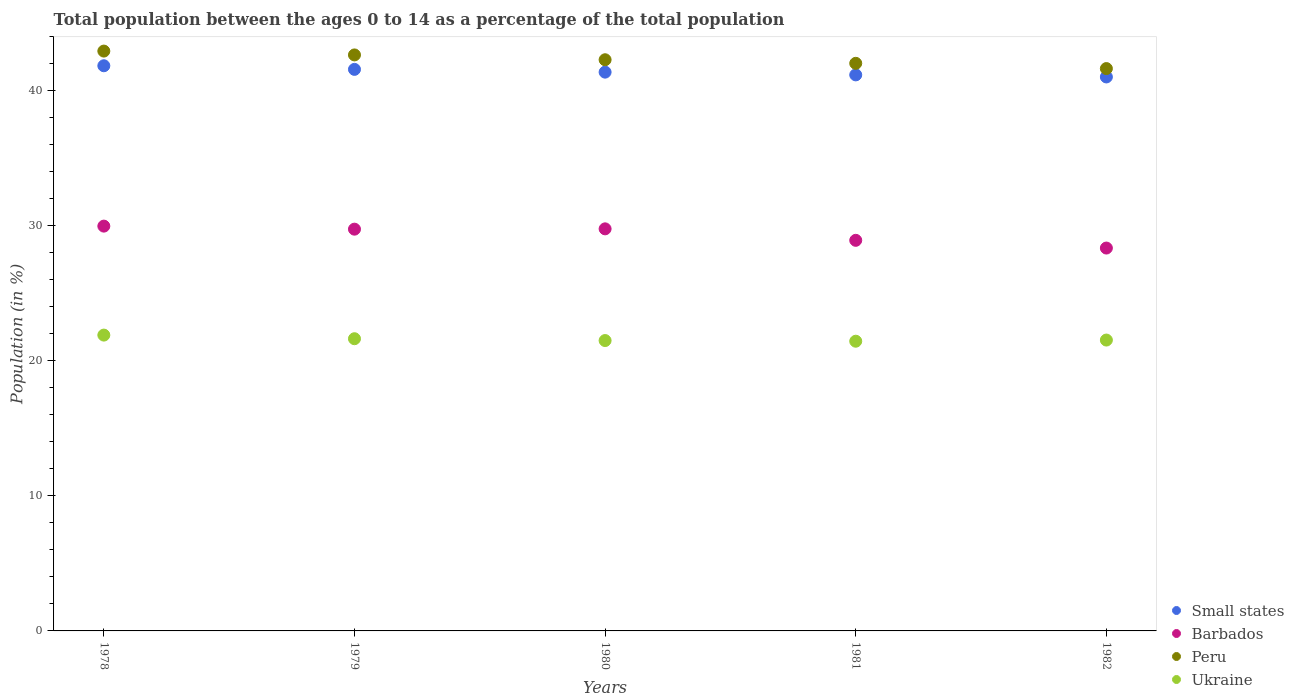
| Years | Small states | Barbados | Peru | Ukraine |
 | --- | --- | --- | --- | --- |
 | 1978 | 41.9 | 30 | 42.9 | 21.9 |
 | 1979 | 41.6 | 29.8 | 42.7 | 21.6 |
 | 1980 | 41.4 | 29.8 | 42.3 | 21.5 |
 | 1981 | 41.2 | 28.9 | 42 | 21.5 |
 | 1982 | 41 | 28.4 | 41.6 | 21.5 |